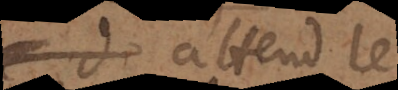
de attend le